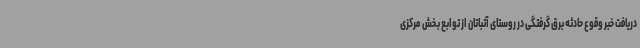
دریافت خبر وقوع حادثه برق گرفتگی در روستای آتباتان از توابع بخش مرکزی